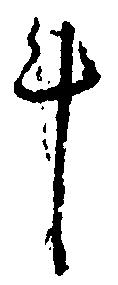
斗